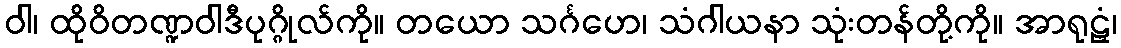
ဝါ၊ ထိုဝိတဏ္ဍဝါဒီပုဂ္ဂိုလ်ကို။ တယော သင်္ဂဟေ၊ သံဂါယနာ သုံးတန်တို့ကို။ အာရုဠှံ၊